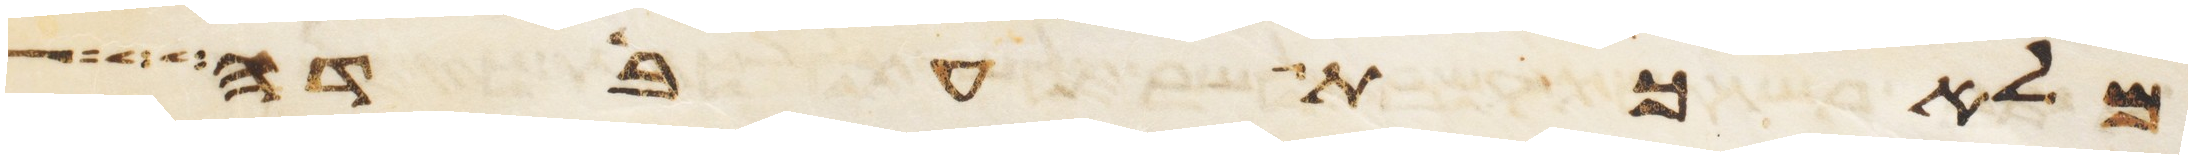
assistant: מלאכת עבדה